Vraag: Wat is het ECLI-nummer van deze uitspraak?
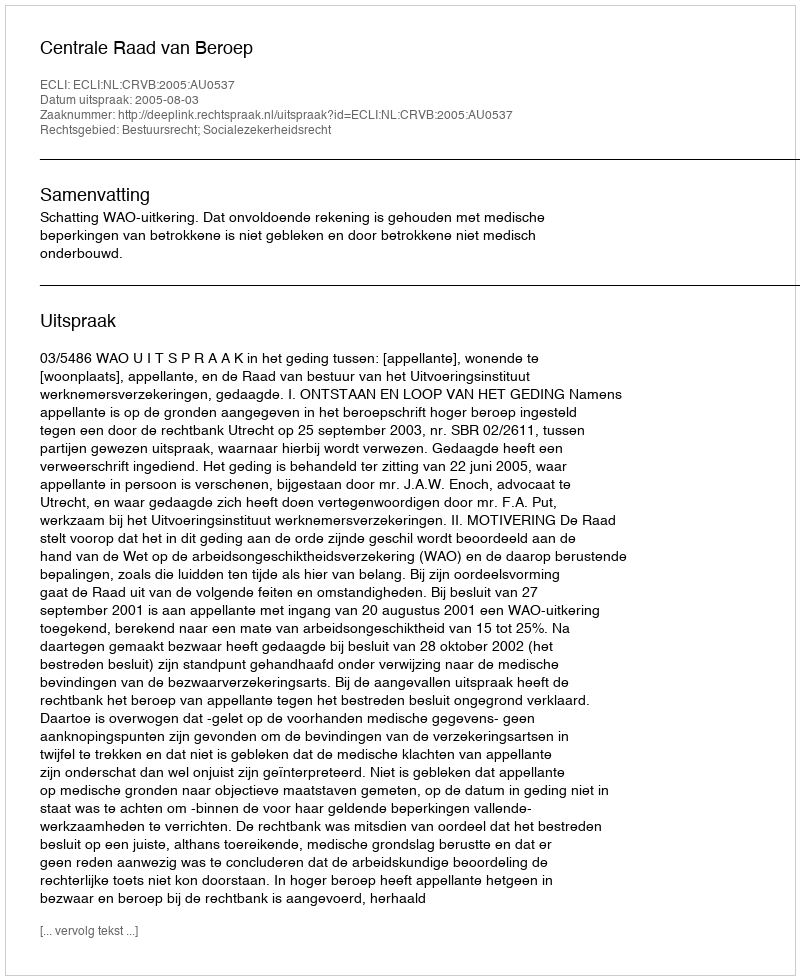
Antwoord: ECLI:NL:CRVB:2005:AU0537